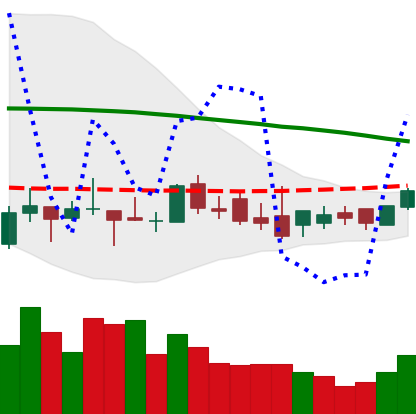
Ticker: XLM-USD
Chart end date: 2018-08-28
Forward return: -4.26%
Label: down_3_5